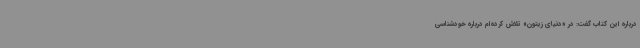
درباره این کتاب گفت: در «دنیای زیتون» تلاش کرده‌ام درباره خودشناسی